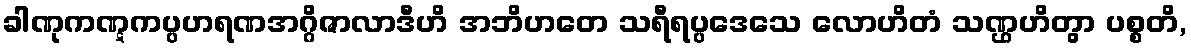
ခါဏုကဏ္ဋကပ္ပဟရဏအဂ္ဂိဇာလာဒီဟိ အဘိဟတေ သရီရပ္ပဒေသေ လောဟိတံ သဏ္ဌဟိတွာ ပစ္စတိ,